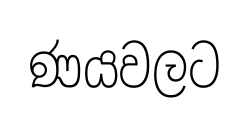
ණයවලට